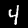
Digit: 4